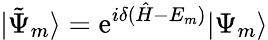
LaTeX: |\tilde{\Psi}_{m}\rangle=\mathrm{e}^{i\delta({\hat{H}}-E_{m})}|\Psi_{m}\rangle